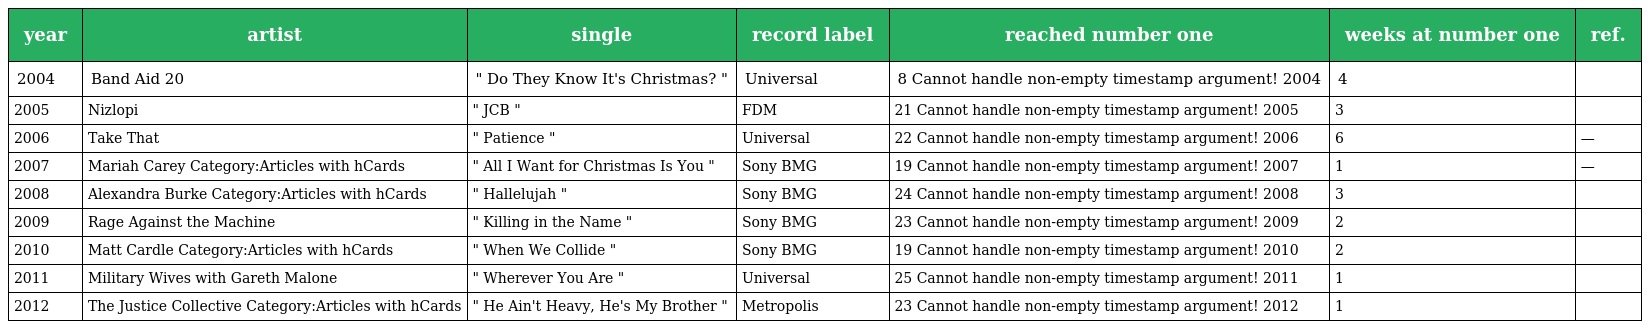
| year | artist | single | record label | reached number one | weeks at number one | ref. |
 | --- | --- | --- | --- | --- | --- | --- |
 | 2004 | Band Aid 20 | " Do They Know It's Christmas? " | Universal | 8 Cannot handle non-empty timestamp argument! 2004 | 4 |  |
 | 2005 | Nizlopi | " JCB " | FDM | 21 Cannot handle non-empty timestamp argument! 2005 | 3 |  |
 | 2006 | Take That | " Patience " | Universal | 22 Cannot handle non-empty timestamp argument! 2006 | 6 | — |
 | 2007 | Mariah Carey Category:Articles with hCards | " All I Want for Christmas Is You " | Sony BMG | 19 Cannot handle non-empty timestamp argument! 2007 | 1 | — |
 | 2008 | Alexandra Burke Category:Articles with hCards | " Hallelujah " | Sony BMG | 24 Cannot handle non-empty timestamp argument! 2008 | 3 |  |
 | 2009 | Rage Against the Machine | " Killing in the Name " | Sony BMG | 23 Cannot handle non-empty timestamp argument! 2009 | 2 |  |
 | 2010 | Matt Cardle Category:Articles with hCards | " When We Collide " | Sony BMG | 19 Cannot handle non-empty timestamp argument! 2010 | 2 |  |
 | 2011 | Military Wives with Gareth Malone | " Wherever You Are " | Universal | 25 Cannot handle non-empty timestamp argument! 2011 | 1 |  |
 | 2012 | The Justice Collective Category:Articles with hCards | " He Ain't Heavy, He's My Brother " | Metropolis | 23 Cannot handle non-empty timestamp argument! 2012 | 1 |  |